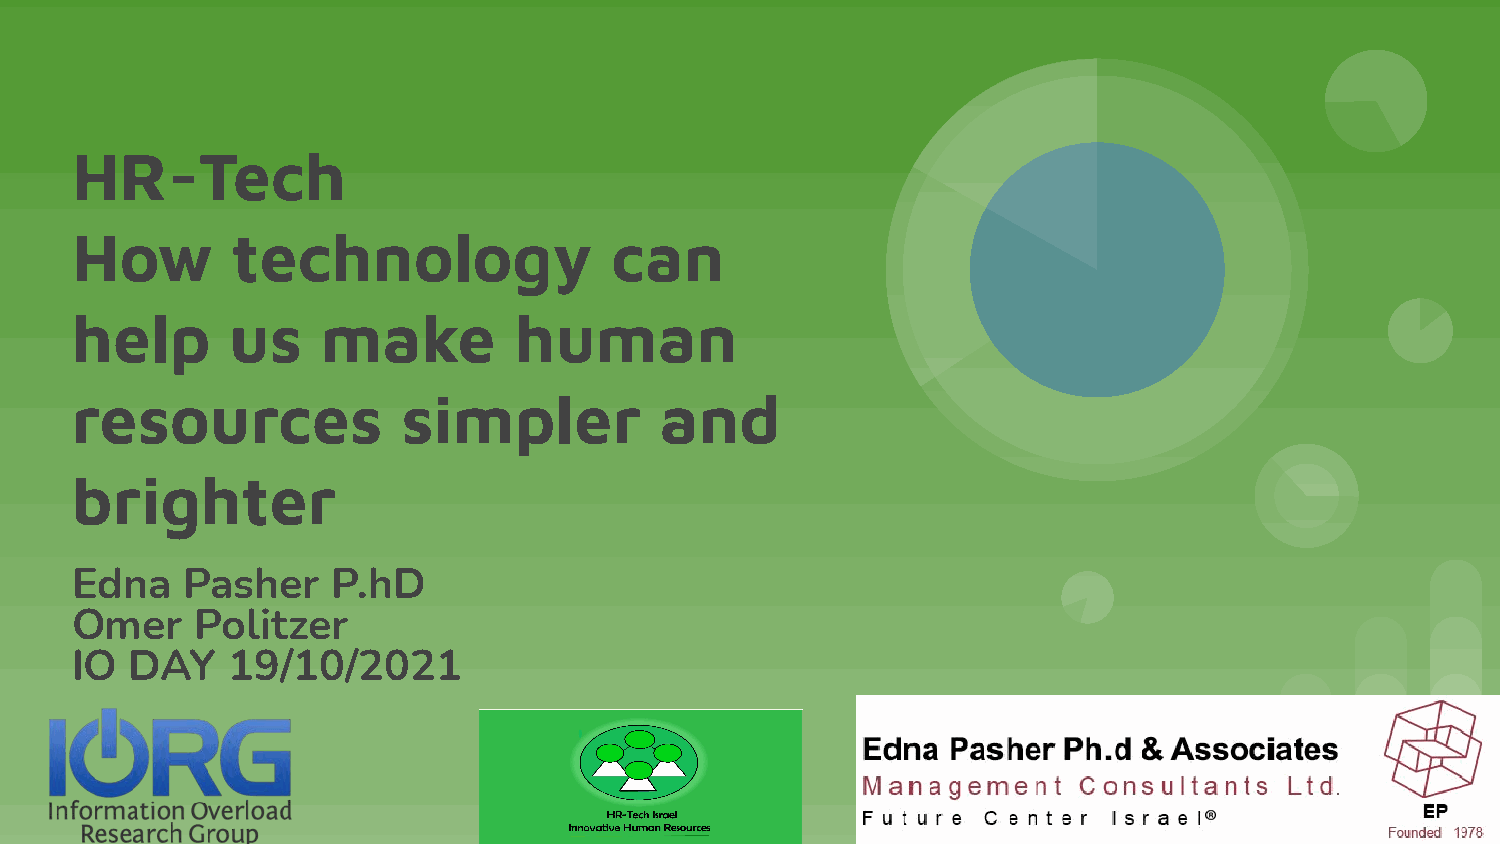
HR-Tech
 How       technology               can
 help      us    make         human
 resources             simpler          and
 brighter
 Edna   Pasher    P.hD
 Omer    Politzer
 IO  DAY   19/10/2021